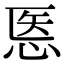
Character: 悘